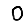
Digit: 0